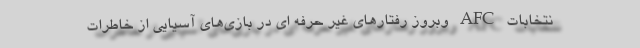
نتخابات AFC وبروز رفتارهای غیر حرفه ای در بازی‌های آسیایی از خاطرات